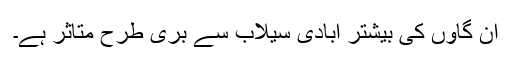
ان گاؤں کی بیشتر آبادی سیلاب سے بری طرح متاثر ہے۔